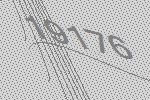
19176